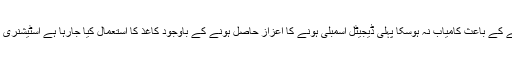
خيبرپختونخوا اسمبلی کو پیپر لیس بنانے کا منصوبہ مناسب منصوبہ بندی نہ ہونے کے باعث کامیاب نہ ہوسکا پہلی ڈیجیٹل اسمبلی ہونے کا اعزاز حاصل ہونے کے باوجود کاغذ کا استعمال کیا جارہا ہے اسٹیشنری اوراشاعت کی مد میں 90 لاکھ روپے سے زائد کی رقم خرچ کی جانے لگی ہے۔